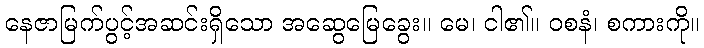
နေဇာမြက်ပွင့်အဆင်းရှိသော အဆွေမြေခွေး။ မေ၊ ငါ၏။ ဝစနံ၊ စကားကို။